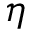
\eta